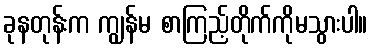
ခုနတုန်းက ကျွန်မ စာကြည့်တိုက်ကိုမသွားပါ။